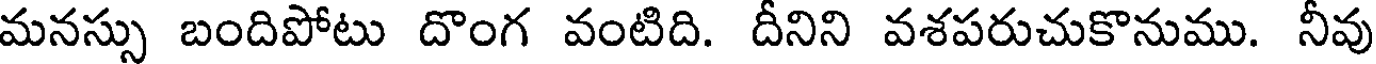
మనస్సు బందిపోటు దొంగ వంటిది. దీనిని వశపరుచుకొనుము. నీవు